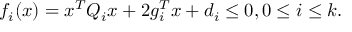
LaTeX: f _ { i } ( x ) = x ^ { T } Q _ { i } x + 2 g _ { i } ^ { T } x + d _ { i } \leq 0 , 0 \leq i \leq k .